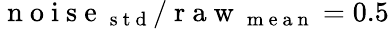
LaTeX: \mathrm{~n~o~i~s~e~}_{\mathrm{~s~t~d~}}/\mathrm{~r~a~w~}_{\mathrm{~m~e~a~n~}}=0.5